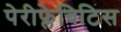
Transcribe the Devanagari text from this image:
पेरीफ्लेबिटिस